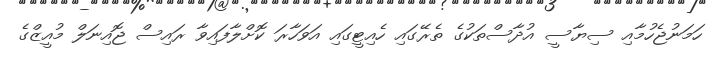
ހަމަނުޖެހުމާއި ސިޔާސީ އުދާސްތަކުގެ ތެެރޭގައި ހެއިޓީގައި އަވަހާރަ ކޮށްލާފައިވާ ރައިސް ޖޮއިނަލް މުއީޒްގެ